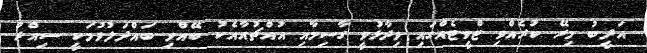
އަދީބު މިރޭ ކުރެއްވި ޓްވީޓެއްގައި ވިދާޅުވީ ގާސިމާއި އުއްޗުއާއެކު ބޭއްވި ބައްދަލުވުމަކީ ސިއްރު